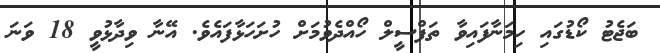
ބަޖެޓު ކޯޑުގައި ހިމަނާފައިވާ ތަފްސީލް ހޯއްދެވުމަށް ހުށަަހަޅާފައެވެ. އޭނާ ވިދާޅުވީ 18 ވަނަ